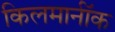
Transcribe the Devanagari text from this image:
किलमार्नॉक